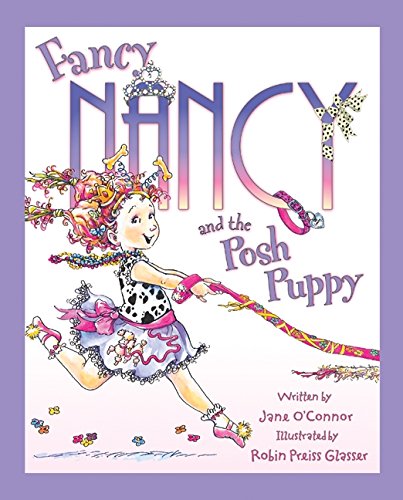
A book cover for Fancy Nancy and the Posh Puppy; Jane O'Connor; Children's Books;